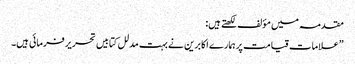
مقدمہ میں مؤلف لکھتے ہیں:
”علامات قیامت پر ہمارے اکابرین نے بہت مدلل کتابیں تحریر فرمائی ہیں۔